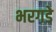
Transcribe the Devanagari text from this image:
भरगडे